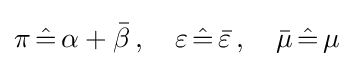
\pi \,{\hat {=}}\,\alpha +{\bar {\beta }}\,,\quad \varepsilon \,{\hat {=}}\,{\bar {\varepsilon }}\,,\quad {\bar {\mu }}\,{\hat {=}}\,\mu